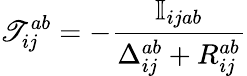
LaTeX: \mathscr{T}_{ij}^{ab}=-\frac{{\mathbb{{I}}_{ijab}}}{{\Delta_{ij}^{ab}+R_{ij}^{ab}}}